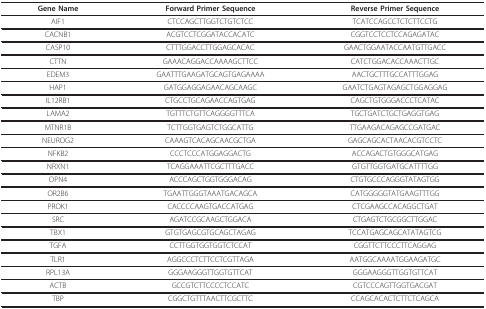
<table><thead><tr><td><b>Gene Name</b></td><td><b>Forward Primer Sequence</b></td><td><b>Reverse Primer Sequence</b></td></tr></thead><tbody><tr><td>AIF1</td><td>CTCCAGCTTGGTCTGTCTCC</td><td>TCATCCAGCCTCTCTTCCTG</td></tr><tr><td>CACNB1</td><td>ACGTCCTCGGATACCACATC</td><td>CGGTCCTCCTCCAGAGATAC</td></tr><tr><td>CASP10</td><td>CTTTGGACCTTGGAGCACAC</td><td>GAACTGGAATACCAATGTTGACC</td></tr><tr><td>CTTN</td><td>GAAACAGGACCAAAAGCTTCC</td><td>CATCTGGACACCAAACTTGC</td></tr><tr><td>EDEM3</td><td>GAATTTGAAGATGCAGTGAGAAAA</td><td>AACTGCTTTGCCATTTGGAG</td></tr><tr><td>HAP1</td><td>GATGGAGGAGAACAGCAAGC</td><td>GAATCTGAGTAGAGCTGGAGGAG</td></tr><tr><td>IL12RB1</td><td>CTGCCTGCAGAACCAGTGAG</td><td>CAGCTGTGGGACCCTCATAC</td></tr><tr><td>LAMA2</td><td>TGTTTCTGTTCAGGGGTTTCA</td><td>TGCTGATCTGCTGAGGTGAG</td></tr><tr><td>MTNR1B</td><td>TCTTGGTGAGTCTGGCATTG</td><td>TTGAAGACAGAGCCGATGAC</td></tr><tr><td>NEUROG2</td><td>CAAAGTCACAGCAACGCTGA</td><td>GAGCAGCACTAACACGTCCTC</td></tr><tr><td>NFKB2</td><td>CCCTCCCATGGAGGACTG</td><td>ACCAGACTGTGGGCATGAG</td></tr><tr><td>NRXN1</td><td>TCAGGAAATTCGCTTTGACC</td><td>GTGTTGGTGATGCATTTTGG</td></tr><tr><td>OPN4</td><td>ACCCAGCTGGTGGGACAG</td><td>CTGTGCCCAGGGTATAGTGG</td></tr><tr><td>OR2B6</td><td>TGAATTGGGTAAATGACAGCA</td><td>CATGGGGGTATGAAGTTTGG</td></tr><tr><td>PROK1</td><td>CACCCCAAGTGACCATGAG</td><td>CTCGAAGCCACAGGCTGAT</td></tr><tr><td>SRC</td><td>AGATCCGCAAGCTGGACA</td><td>CTGAGTCTGCGGCTTGGAC</td></tr><tr><td>TBX1</td><td>GTGTGAGCGTGCAGCTAGAG</td><td>TCCATGAGCAGCATATAGTCG</td></tr><tr><td>TGFA</td><td>CCTTGGTGGTGGTCTCCAT</td><td>CGGTTCTTCCCTTCAGGAG</td></tr><tr><td>TLR1</td><td>AGGCCCTCTTCCTCGTTAGA</td><td>AATGGCAAAATGGAAGATGC</td></tr><tr><td>RPL13A</td><td>GGGAAGGGTTGGTGTTCAT</td><td>GGGAAGGGTTGGTGTTCAT</td></tr><tr><td>ACTB</td><td>GCCGTCTTCCCCTCCATC</td><td>CGTCCCAGTTGGTGACGAT</td></tr><tr><td>TBP</td><td>CGGCTGTTTAACTTCGCTTC</td><td>CCAGCACACTCTTCTCAGCA</td></tr></tbody></table>